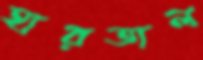
হারতাল